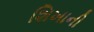
શિખાની